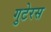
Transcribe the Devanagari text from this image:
गुटेरस